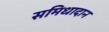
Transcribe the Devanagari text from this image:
समिधादान